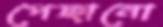
পেছানো